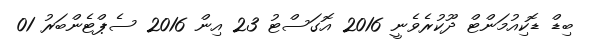
ބިޑް ޑޮކިއުމަންޓް ދޫކުރެވެނީ 2016 އޮގަސްޓު 23 އިން 2016 ސެޕްޓެންބަރު 01